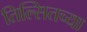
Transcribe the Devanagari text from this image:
तिल्सितच्या